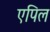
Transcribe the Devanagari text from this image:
एपिल